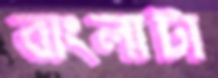
বাংলাটা